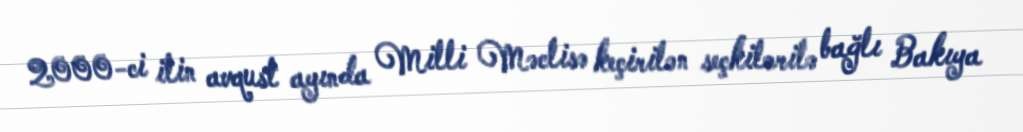
2000-ci ilin avqust ayında Milli Məclisə keçirilən seçkilərilə bağlı Bakıya